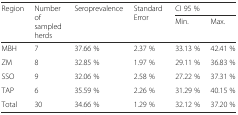
<table><thead><tr><td rowspan="2"><b>Region</b></td><td rowspan="2"><b>Number of sampled herds</b></td><td rowspan="2"><b>Seroprevalence</b></td><td rowspan="2"><b>Standard Error</b></td><td colspan="2"><b>CI 95 %</b></td></tr><tr><td><b>Min.</b></td><td><b>Max.</b></td></tr></thead><tbody><tr><td>MBH</td><td>7</td><td>37.66 %</td><td>2.37 %</td><td>33.13 %</td><td>42.41 %</td></tr><tr><td>ZM</td><td>8</td><td>32.85 %</td><td>1.97 %</td><td>29.11 %</td><td>36.83 %</td></tr><tr><td>SSO</td><td>9</td><td>32.06 %</td><td>2.58 %</td><td>27.22 %</td><td>37.31 %</td></tr><tr><td>TAP</td><td>6</td><td>35.59 %</td><td>2.26 %</td><td>31.29 %</td><td>40.15 %</td></tr><tr><td>Total</td><td>30</td><td>34.66 %</td><td>1.29 %</td><td>32.12 %</td><td>37.20 %</td></tr></tbody></table>